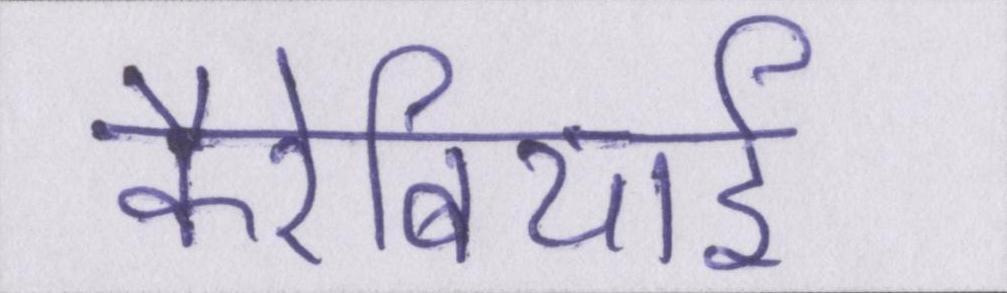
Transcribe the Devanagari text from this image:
कैरेबियाई